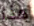
هذا